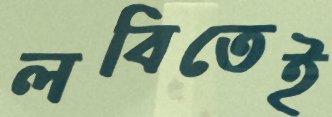
লবিতেই